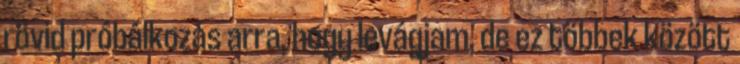
rövid próbálkozás arra, hogy levágjam, de ez többek között